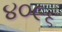
૪૦૯૬